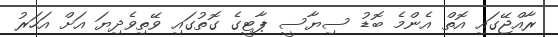
ރާއްޖޭގައި އޮތް އެންމެ ބޮޑު ސިޔާސީ ޕާޓީގެ ގޮތުގައި ވޭތިވެދިޔަ އަށް އަހަރު